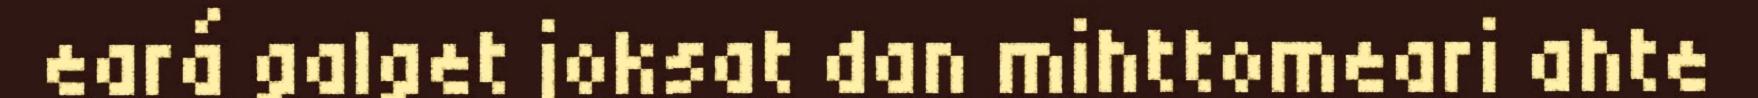
eará galget joksat dan mihttomeari ahte